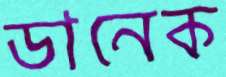
ডানেক